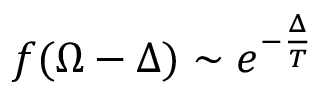
f ( \Omega - \Delta ) \sim e ^ { - \frac { \Delta } { T } }